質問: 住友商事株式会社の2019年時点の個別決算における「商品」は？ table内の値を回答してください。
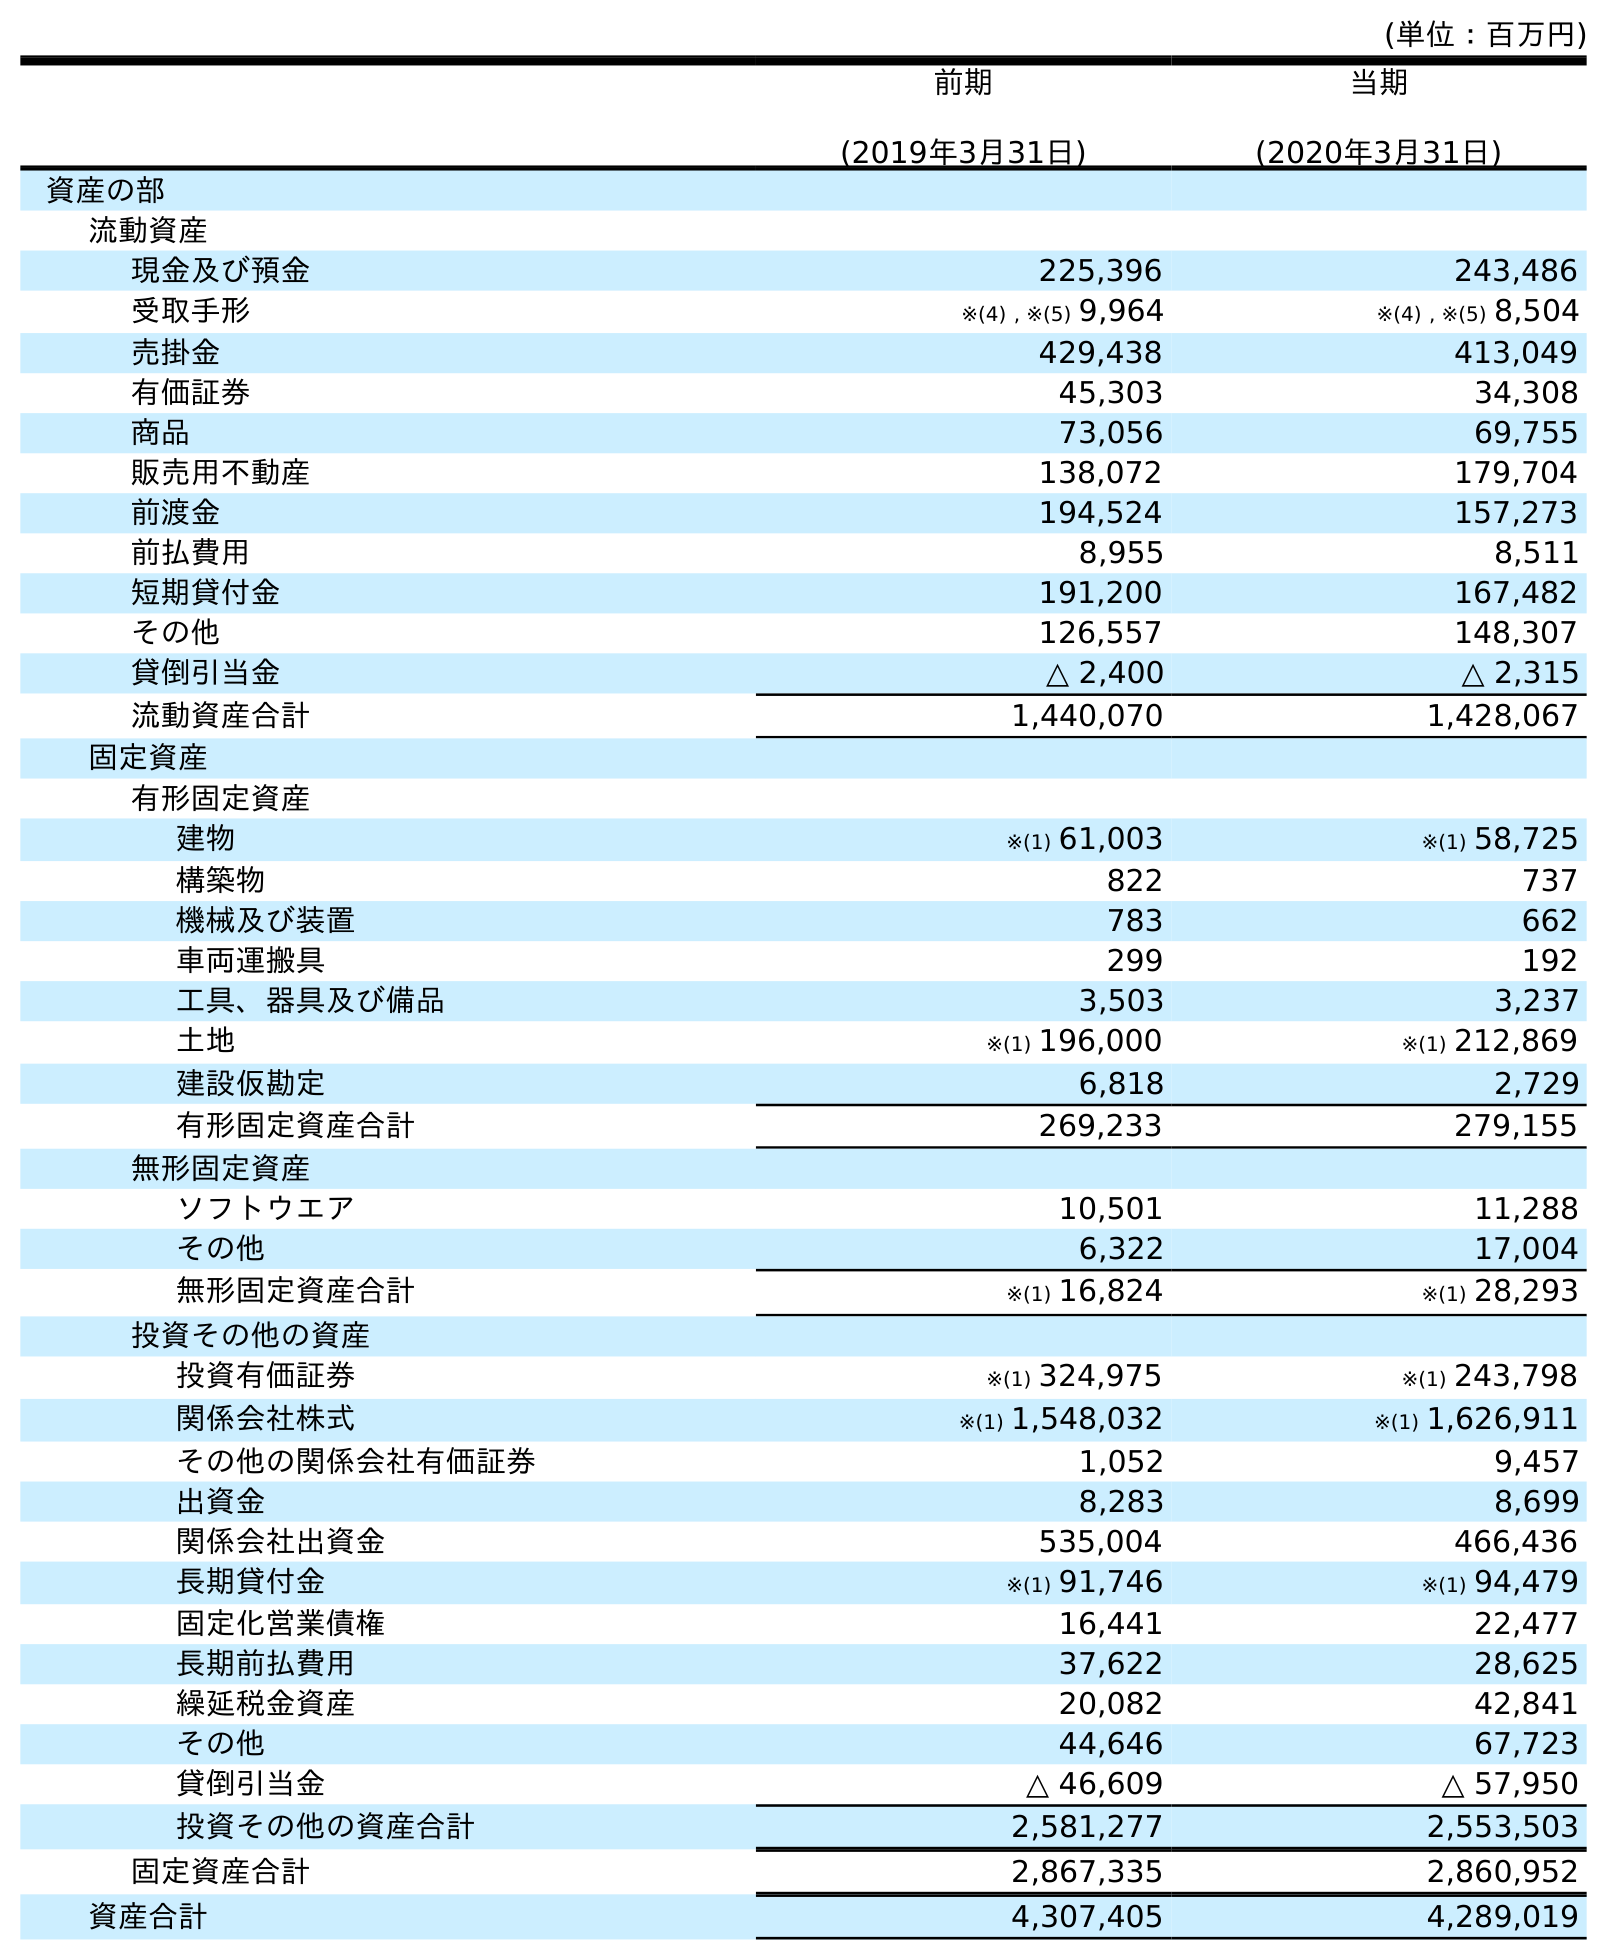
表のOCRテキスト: (単位：百万円) 前期 (2019年3月31日) 当期 (2020年3月31日) 資産の部 流動資産 現金及び預金 225,396 243,486 受取手形 ※(4) , ※(5) 9,964 ※(4) , ※(5) 8,504 売掛金 429,438 413,049 有価証券 45,303 34,308 商品 73,056 69,755 販売用不動産 138,072 179,704 前渡金 194,524 157,273 前払費用 8,955 8,511 短期貸付金 191,200 167,482 その他 126,557 148,307 貸倒引当金 △ 2,400 △ 2,315 流動資産合計 1,440,070 1,428,067 固定資産 有形固定資産 建物 ※(1) 61,003 ※(1) 58,725 構築物 822 737 機械及び装置 783 662 車両運搬具 299 192 工具、器具及び備品 3,503 3,237 土地 ※(1) 196,000 ※(1) 212,869 建設仮勘定 6,818 2,729 有形固定資産合計 269,233 279,155 無形固定資産 ソフトウエア 10,501 11,288 その他 6,322 17,004 無形固定資産合計 ※(1) 16,824 ※(1) 28,293 投資その他の資産 投資有価証券 ※(1) 324,975 ※(1) 243,798 関係会社株式 ※(1) 1,548,032 ※(1) 1,626,911 その他の関係会社有価証券 1,052 9,457 出資金 8,283 8,699 関係会社出資金 535,004 466,436 長期貸付金 ※(1) 91,746 ※(1) 94,479 固定化営業債権 16,441 22,477 長期前払費用 37,622 28,625 繰延税金資産 20,082 42,841 その他 44,646 67,723 貸倒引当金 △ 46,609 △ 57,950 投資その他の資産合計 2,581,277 2,553,503 固定資産合計 2,867,335 2,860,952 資産合計 4,307,405 4,289,019
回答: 73,056